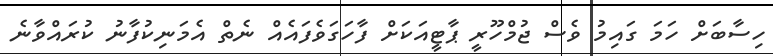
ހިސާބަށް ހަމަ ގައިމު ވެސް ޖުމްހޫރީ ޕާޓީއަކަށް ފާހަގަވެފައެއް ނެތް އެމަނިކުފާނު ކުރައްވާނެ